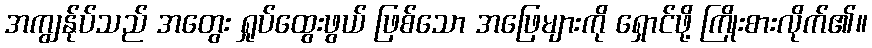
အကျွန်ုပ်သည် အတွေး ရှုပ်ထွေးဖွယ် ဖြစ်သော အဖြေများကို ရှောင်ဖို့ ကြိုးစားလိုက်၏။